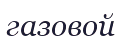
газовой